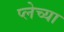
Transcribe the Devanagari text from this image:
प्लेच्या